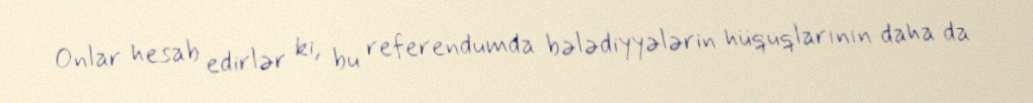
Onlar hesab edirlər ki, bu referendumda bələdiyyələrin hüquqlarının daha da